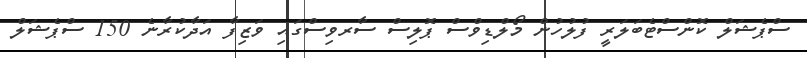
ސްޕެޝަލް ކޮންސްޓެބަލަރީ ފުލުހުން މޯލްޑިވްސް ޕޮލިސް ސާރވިސްގައި ވަޒިފާ އަދާކުރާނެ 150 ސްޕެޝަލް